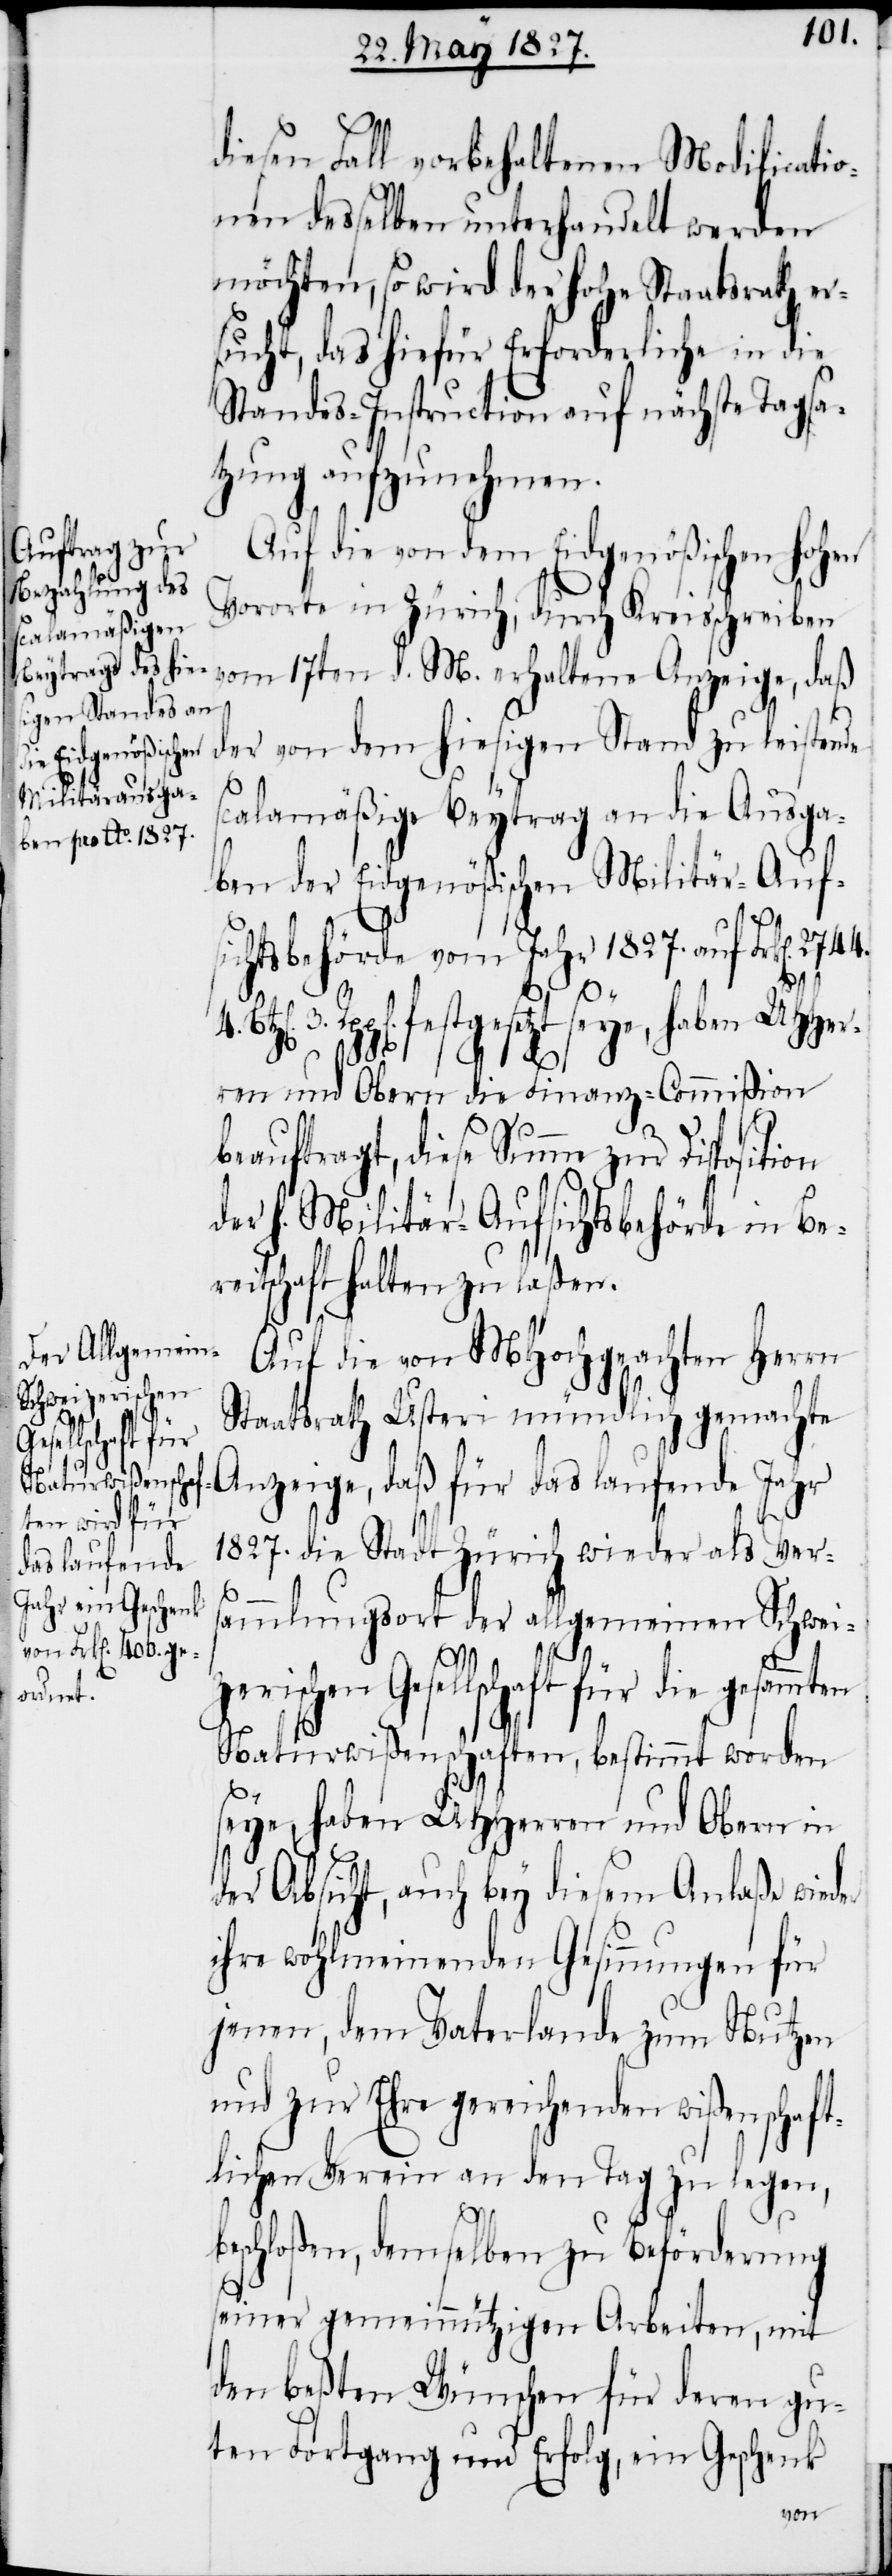
diesen Fall vorbehaltenen Modificatio¬
nen desselben unterhandelt werden
möchten, so wird der Hohe Staatsrath er¬
sucht, das hiefür Erforderliche in die
Standes-Instruction auf nächste Tagsa¬
tzung aufzunehmen.
Auf die von dem Eidgenößischen Hohen
Vororte in Zürich, durch Kreisschreiben
vom 17ten d. M. erhaltene Anzeige, daß
der von dem hiesigen Stand zu leistende
4.
calamäßige Beytrag an die Ausga¬
ben der Eidgenößischen Militär-Auf¬
sichtsbehörde vom Jahr 1827. auf Frk[en].
festgesetzt seye, haben UHHer¬
ren und Obern die Finanz-Commißion
s¬
beauftragt, diese Summe zur Disposition
der H. Militär-Aufsichtsbehörde in Be¬
reitschaft halten zu laßen.
Auf die von MHochgeachten Herrn
Staatsrath Usteri mündlich gemachte
Anzeige, daß für das laufende Jahr
1827. die Stadt Zürich wieder als Ver¬
sammlungsort der allgemeinen Schwei¬
3.
zerischen Gesellschaft für die gesammten
Naturwißenschaften, bestimmt worden
seye, haben UHHerren und Obern in
der Absicht, auch bey diesem Anlaße wieder
ihre wohlmeinenden Gesinnungen für
jenen, dem Vaterlande zum Nutzen
und zur Ehre gereichenden wißenschaft¬
lichen Verein an den Tag zu legen,
beschloßen, demselben zu Beförderung
seiner gemeinnützigen Arbeiten, mit
den beßten Wünschen für deren gu¬
ten Fortgang und Erfolg, ein Geschenk